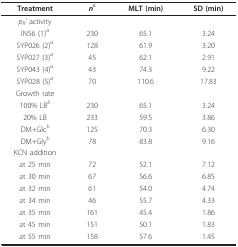
| Treatment | nc | MLT (min) | SD (min) |
 | --- | --- | --- | --- |
 | pR' activity |  |  |  |
 | IN56 (1)a | 230 | 65.1 | 3.24 |
 | SYP026 (2)a | 128 | 61.9 | 3.20 |
 | SYP027 (3)a | 45 | 62.1 | 2.91 |
 | SYP043 (4)a | 43 | 74.3 | 9.22 |
 | SYP028 (5)a | 70 | 110.6 | 17.83 |
 | Growth rate |  |  |  |
 | 100% LBb | 230 | 65.1 | 3.24 |
 | 20% LB | 233 | 59.5 | 3.86 |
 | DM+Glcb | 125 | 70.3 | 6.30 |
 | DM+Glyb | 78 | 83.8 | 9.16 |
 | KCN addition |  |  |  |
 | at 25 min | 72 | 52.1 | 7.12 |
 | at 30 min | 67 | 56.6 | 6.85 |
 | at 32 min | 61 | 54.0 | 4.74 |
 | at 34 min | 46 | 55.7 | 4.33 |
 | at 35 min | 161 | 45.4 | 1.86 |
 | at 45 min | 151 | 50.1 | 1.83 |
 | at 55 min | 158 | 57.6 | 1.45 |